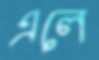
এলে